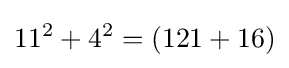
11^{2}+4^{2}=(121+16)